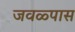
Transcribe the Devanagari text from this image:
जवळ्पास